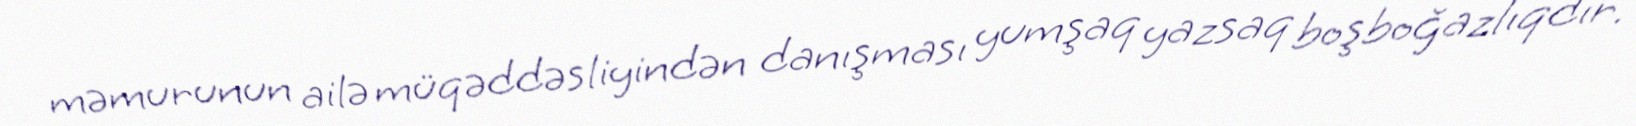
məmurunun ailə müqəddəsliyindən danışması yumşaq yazsaq boşboğazlıqdır.